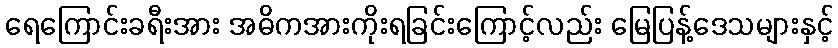
ရေကြောင်းခရီးအား အဓိကအားကိုးရခြင်းကြောင့်လည်း မြေပြန့်ဒေသများနှင့်